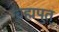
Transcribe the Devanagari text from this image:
ब्रह्मपुत्